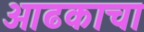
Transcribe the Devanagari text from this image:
आढकाचा